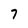
Character: 7